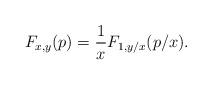
LaTeX: \begin{align*}F_{x,y}(p) = \frac{1}{x} F_{1,y/x}(p/x). \end{align*}